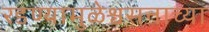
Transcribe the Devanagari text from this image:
रडण्यामुळेश्वसनाच्या